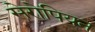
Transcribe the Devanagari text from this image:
सेरोपियन